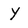
Character: Y